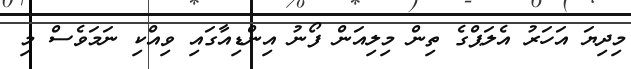
މިދިޔަ އަހަރު އެލަޕްގެ ތިން މިލިއަން ފޯނު އިންޑިއާގައި ވިއްކި ނަމަވެސް މި